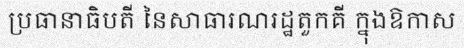
ប្រធានាធិបតី នៃសាធារណរដ្ឋតួកគី ក្នុងឱកាស